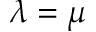
\lambda = \mu